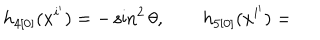
LaTeX: h _ { 4 [ 0 ] } ( x ^ { i ^ { \prime } } ) = - \sin ^ { 2 } \theta , \qquad h _ { 5 [ 0 ] } ( x ^ { i ^ { \prime } } ) =